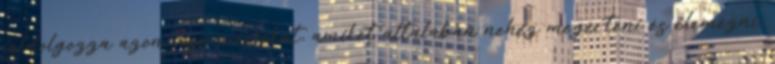
feldolgozza azon információkat, amiket általában nehéz megérteni és elemezni.